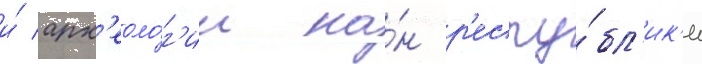
и́ арх'еоло́г'ии на́н р'еспу́бл'ик'и